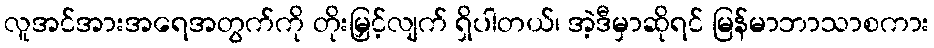
လူအင်အားအရေအတွက်ကို တိုးမြှင့်လျက် ရှိပါတယ်၊ အဲ့ဒီမှာဆိုရင် မြန်မာဘာသာစကား